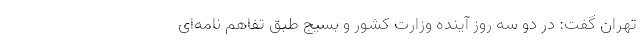
تهران گفت: در دو سه روز آینده وزارت کشور و بسیج طبق تفاهم نامه‌ای